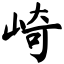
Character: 崎